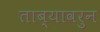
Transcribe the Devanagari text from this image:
ताब्यावरुन